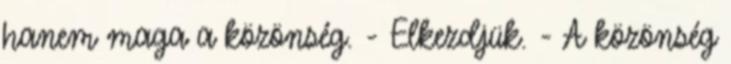
hanem maga a közönség. - Elkezdjük. - A közönség